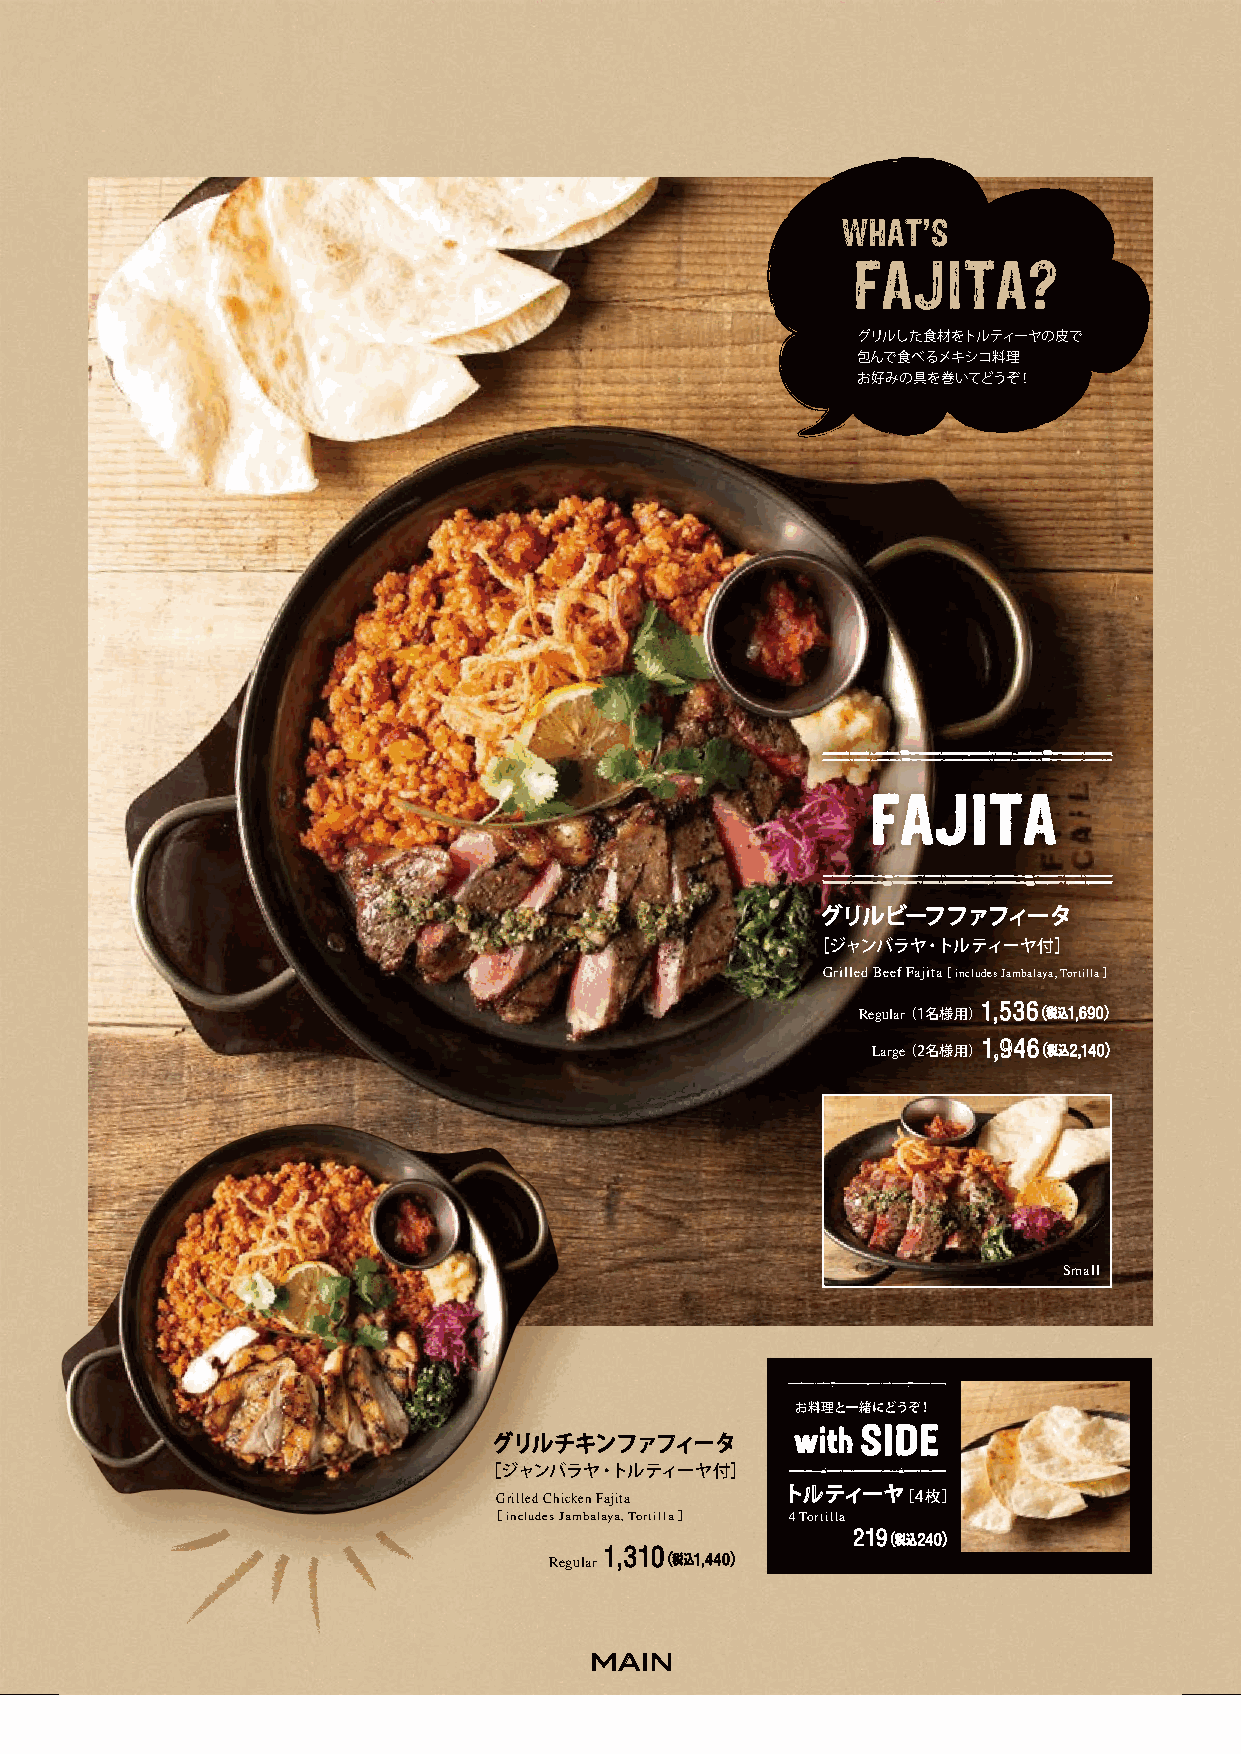
P6
 WHAT’S
 FAJITA?
 グリルした食材をトルティーヤの皮で
 包んで食べるメキシコ料理
 お好みの具を巻いてどうぞ！
 FAJITA
 グリルビーフファフィータ
 ［ジャンバラヤ・トルティーヤ付］
 Grilled Beef Fajita［ includes Jambalaya, Tortilla ］
 Regular（1名様用）1,536 （税込1,690）
 Large（2名様用）1,946 （税込2,140）
 Small
 お料理と一緒にどうぞ！
 グリルチキンファフィータ        with SIDE
 ［ジャンバラヤ・トルティーヤ付］
 Grilled Chicken Fajita
 トルティーヤ［4枚］
 ［ includes Jambalaya, Tortilla ］ 4 Tortilla
 219（税込240）
 1,310
 Regular （税込1,440）
 MAIN